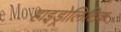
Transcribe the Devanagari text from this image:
हाइड्रोलिटिक